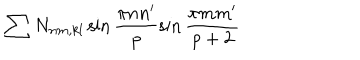
\sum N _ { n m , k l } \sin \frac { \pi n n ^ { \prime } } p \sin \frac { \pi m m ^ { \prime } } { p + 2 }